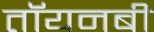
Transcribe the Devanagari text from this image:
तॉयनबी